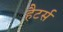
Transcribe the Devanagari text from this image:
हैटर्स